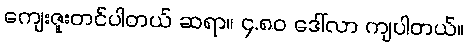
ကျေးဇူးတင်ပါတယ် ဆရာ။ ၄.၈၀ ဒေါ်လာ ကျပါတယ်။